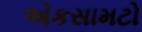
એકસામટો